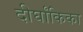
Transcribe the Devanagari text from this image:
दीर्घांकिका